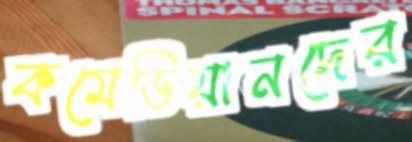
কমেডিয়ানদের